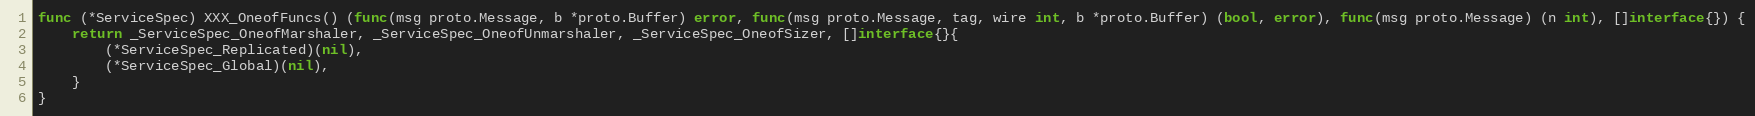
Language: Go
func (*ServiceSpec) XXX_OneofFuncs() (func(msg proto.Message, b *proto.Buffer) error, func(msg proto.Message, tag, wire int, b *proto.Buffer) (bool, error), func(msg proto.Message) (n int), []interface{}) {
	return _ServiceSpec_OneofMarshaler, _ServiceSpec_OneofUnmarshaler, _ServiceSpec_OneofSizer, []interface{}{
		(*ServiceSpec_Replicated)(nil),
		(*ServiceSpec_Global)(nil),
	}
}